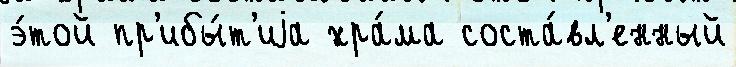
э́той пр'ибы́т'иjа хра́ма соста́вл'енный